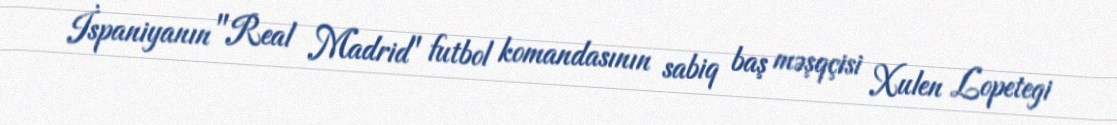
İspaniyanın "Real Madrid" futbol komandasının sabiq baş məşqçisi Xulen Lopetegi